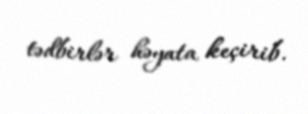
tədbirlər həyata keçirib.